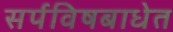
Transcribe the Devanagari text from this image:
सर्पविषबाधेत